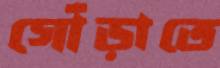
গোঁড়াতে